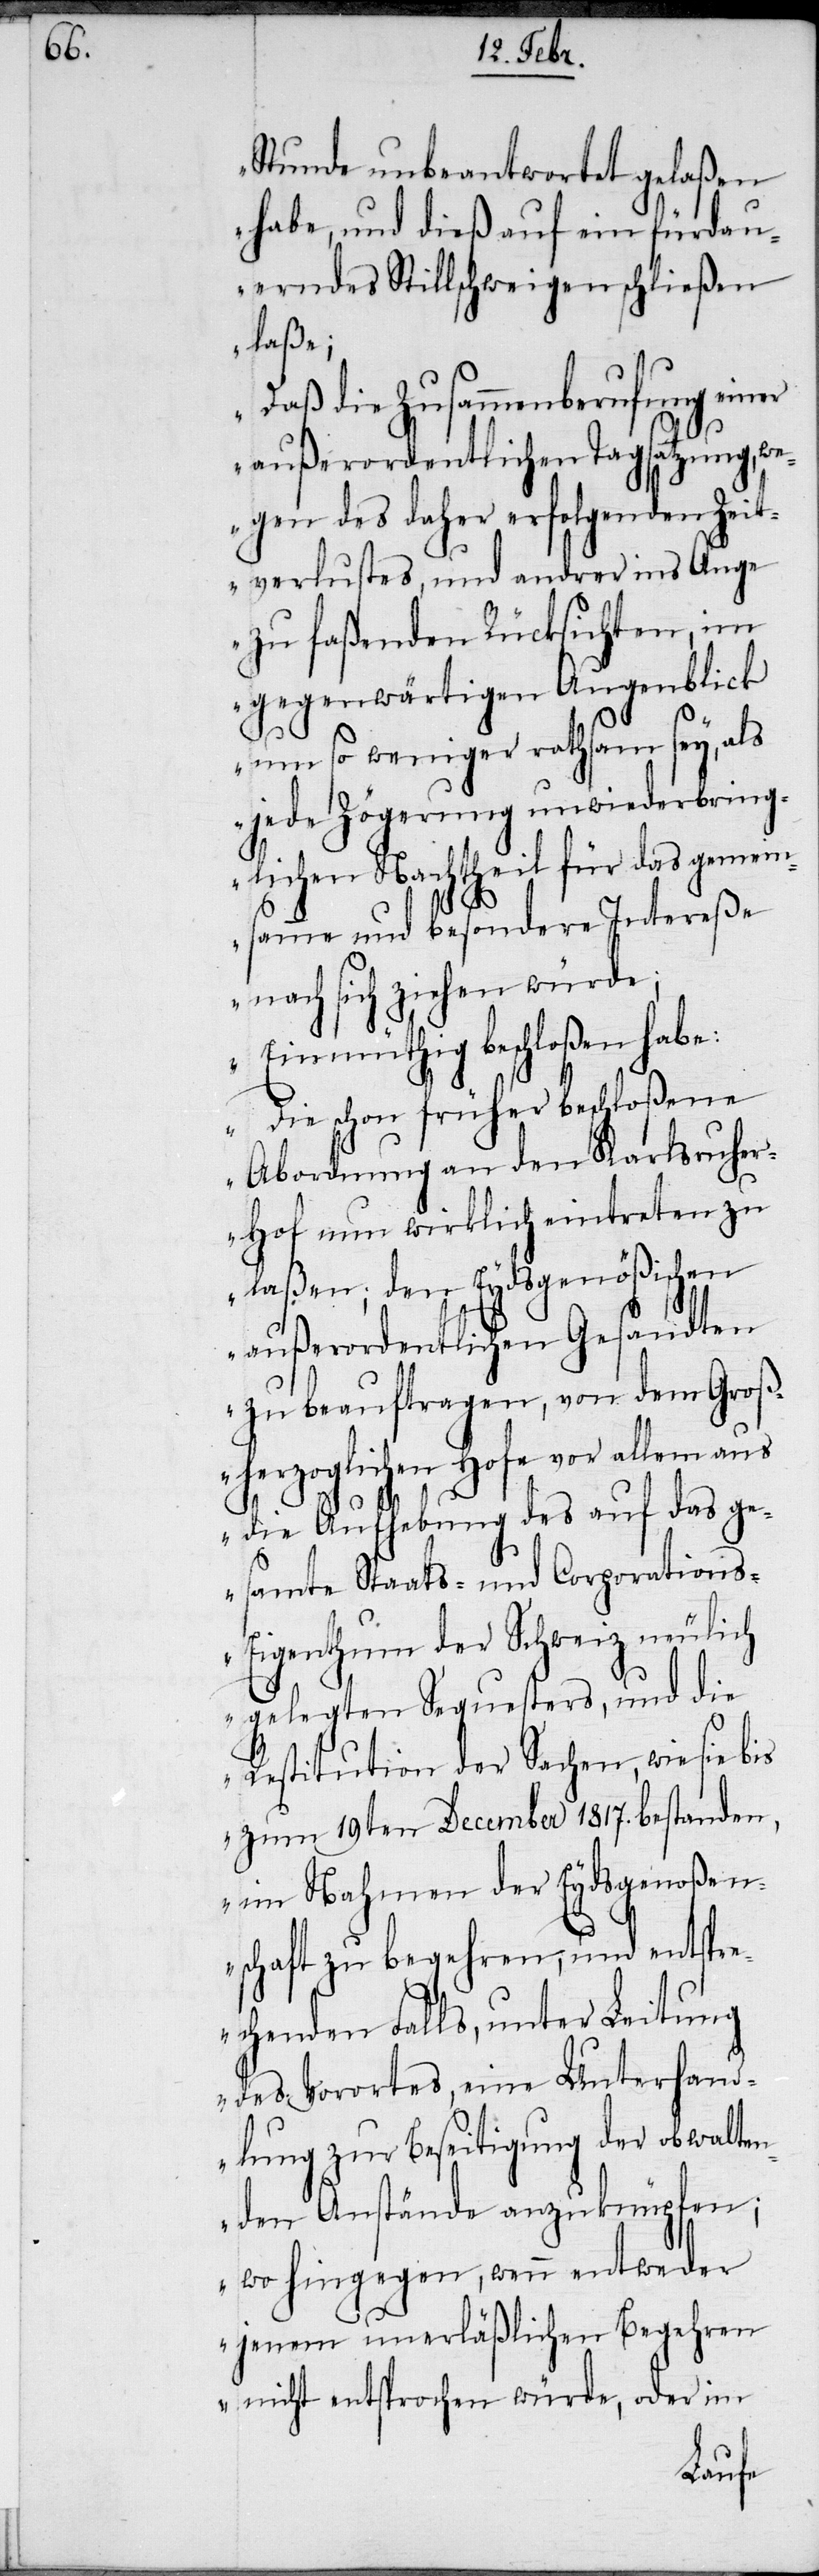
Stunde unbeantwortet gelaßen
habe, und dieß auf ein fürdau¬
erndes Stillschweigen schließen
laße;
Daß die Zusammenberufung einer
außerordentlichen Tagsatzung,
wegen des daher erfolgenden Ze¬
Auge
itverlustes, und andrer
zu faßenden Rücksichten, im
gegenwärtigen Augenblick
um so weniger rathsam sey, als
jede Zögerung unwiederbring¬
lichen Nachtheil für das gemei¬
nsamme und besondere Intereße
nach sich ziehen würde;
Einmüthig beschloßen habe:
Die schon früher beschloßene
Abordnung an den Karlsruhe¬
r-Hof nun wirklich eintreten zu
laßen; den Eydsgenößischen
außerordentlichen Gesandten
zu beauftragen, von dem Groß¬
herzoglichen Hofe vor allem aus
die Aufhebung des auf das ge¬
samte Staats- und Corporation¬
s-Eigenthum der Schweiz neulich
gelegten Sequesters, und die
Restitution der Sachen, wie sie bis
zum 19ten December 1817. bestanden,
im Nahmen der Eydsgenoßen¬
schaft zu begehren, und entspr¬
echenden Falls, unter Leitung
des Vorortes, eine Unterhand¬
lung zur Beseitigung der obwalte¬
nden Anstände anzuknüpfen;
wo hingegen, wenn entweder
jenem unerläßlichen Begehren
nicht entsprochen würde, oder im